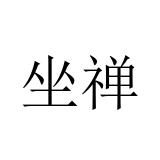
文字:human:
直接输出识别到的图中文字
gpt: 坐禅